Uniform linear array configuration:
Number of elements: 64
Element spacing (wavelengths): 1
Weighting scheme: binomial
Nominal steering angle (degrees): -15
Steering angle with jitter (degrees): -14.82
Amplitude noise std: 0.05
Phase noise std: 0.05

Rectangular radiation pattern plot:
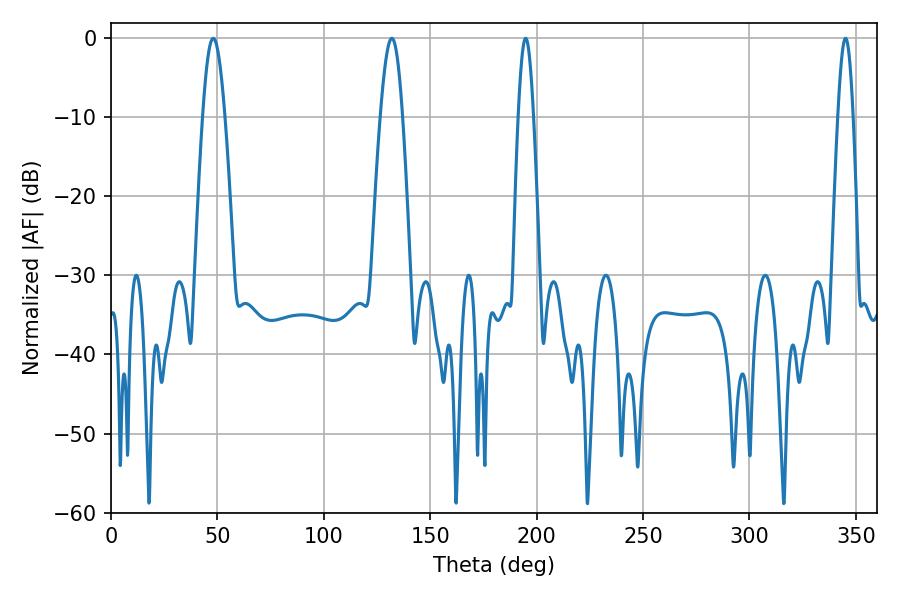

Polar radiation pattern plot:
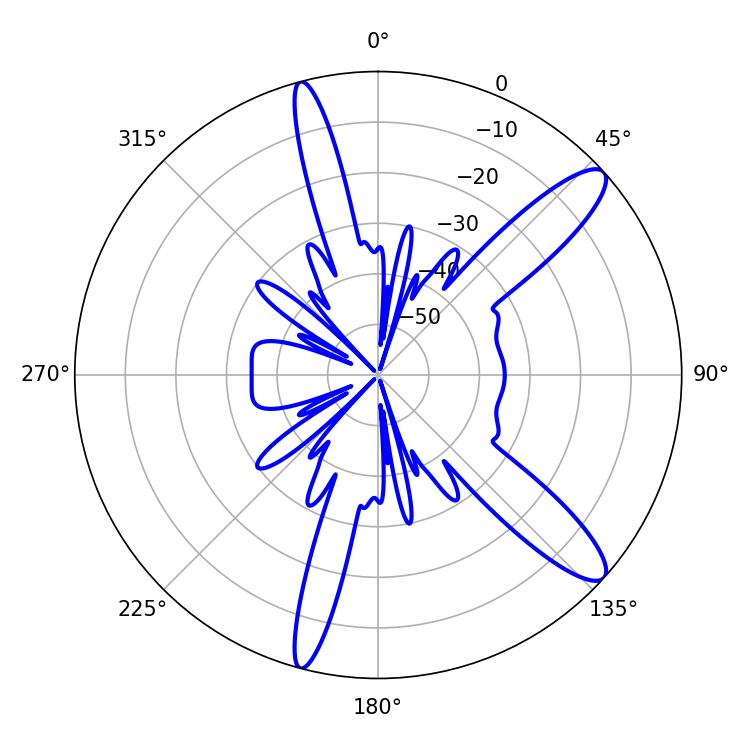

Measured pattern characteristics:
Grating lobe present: TRUE
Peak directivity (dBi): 12.138
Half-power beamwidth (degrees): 5.58
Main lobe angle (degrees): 48.06